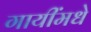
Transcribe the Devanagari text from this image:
गायींमधे